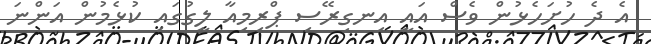
އެ ދެ ހުށަހެޅުން ވެސް އައީ އިނގިރޭސި ޕްރިމިއާ ލީގުގައި ކުޅެމުން އަންނަ